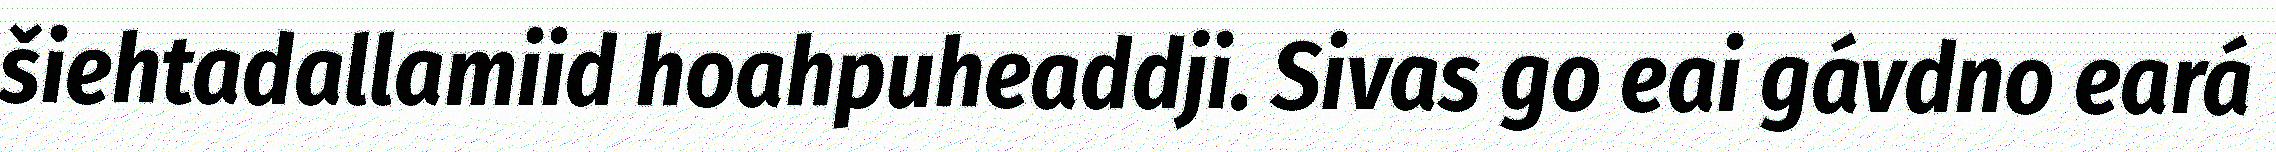
šiehtadallamiid hoahpuheaddji. Sivas go eai gávdno eará